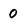
Character: 0